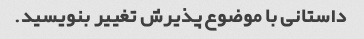
داستانی با موضوع پذیرش تغییر بنویسید.